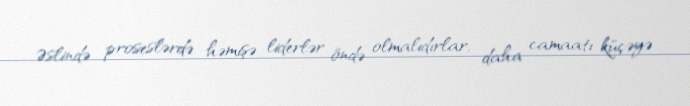
Əslində proseslərdə həmişə liderlər öndə olmalıdırlar, daha camaatı küçəyə